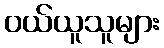
ဝယ်ယူသူများ